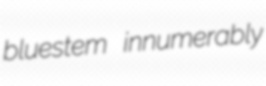
bluestem innumerably